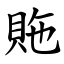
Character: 䝯